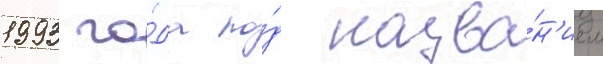
1993 го́да по́д назва́н'ием